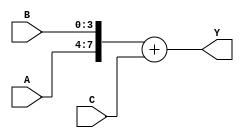
module vector_continuous_assignment (
    input wire [3:0] A,        // 4-bit input vector A
    input wire [3:0] B,        // 4-bit input vector B
    input wire [3:0] C,        // 4-bit input vector C
    output wire [7:0] Y        // 8-bit output vector Y
);

// Continuous assignment for the output vector Y
assign Y = {A, B} + C; // Concatenate A and B, then add C

endmodule